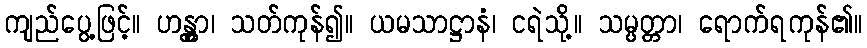
ကျည်ပွေ့ဖြင့်။ ဟန္တွာ၊ သတ်ကုန်၍။ ယမသာဋ္ဌာနံ၊ ငရဲသို့။ သမ္ပတ္တာ၊ ရောက်ရကုန်၏။